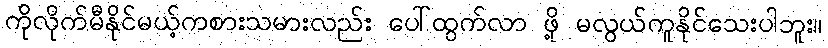
ကိုလိုက်မီနိုင်မယ့်ကစားသမားလည်း ပေါ်ထွက်လာ ဖို့ မလွယ်ကူနိုင်သေးပါဘူး။